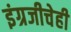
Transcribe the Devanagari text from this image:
इंग्रजीचेही